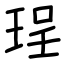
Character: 珵